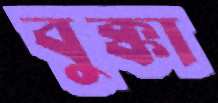
বুক্কা